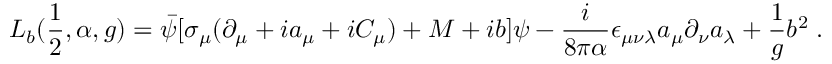
{ \cal L } _ { b } ( \frac { 1 } { 2 } , \alpha , g ) = \bar { \psi } [ \sigma _ { \mu } ( \partial _ { \mu } + i a _ { \mu } + i C _ { \mu } ) + M + i b ] \psi - \frac { i } { 8 \pi \alpha } \epsilon _ { \mu \nu \lambda } a _ { \mu } \partial _ { \nu } a _ { \lambda } + \frac { 1 } { g } b ^ { 2 } \; .